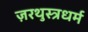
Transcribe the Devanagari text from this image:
ज़रथुस्त्रधर्म